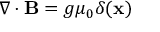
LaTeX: \nabla \cdot { \bf B } = g { \mu } _ { 0 } \delta ( { \bf x } )